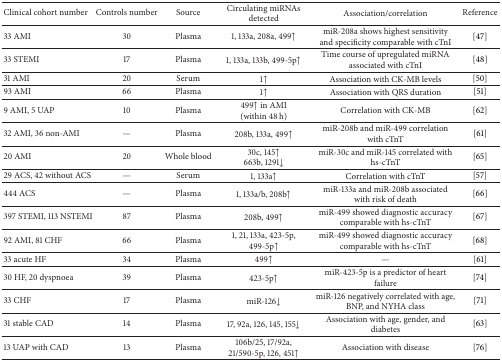
<table><thead><tr><td><b>Clinical cohort number</b></td><td><b>Controls number</b></td><td><b>Source</b></td><td><b>Circulating miRNAs detected</b></td><td><b>Association/correlation</b></td><td><b>Reference</b></td></tr></thead><tbody><tr><td>33 AMI</td><td>30</td><td>Plasma</td><td>1, 133a, 208a, 499↑</td><td>miR-208a shows highest sensitivity and specificity comparable with cTnI</td><td>[47]</td></tr><tr><td>33 STEMI</td><td>17</td><td>Plasma</td><td>1, 133a, 133b, 499-5p↑</td><td>Time course of upregulated miRNA associated with cTnI</td><td>[48]</td></tr><tr><td>31 AMI</td><td>20</td><td>Serum</td><td>1↑</td><td>Association with CK-MB levels</td><td>[50]</td></tr><tr><td>93 AMI</td><td>66</td><td>Plasma</td><td>1↑</td><td>Association with QRS duration</td><td>[51]</td></tr><tr><td>9 AMI, 5 UAP</td><td>10</td><td>Plasma</td><td>499↑ in AMI (within 48 h)</td><td>Correlation with CK-MB</td><td>[62]</td></tr><tr><td>32 AMI, 36 non-AMI</td><td>—</td><td>Plasma</td><td>208b, 133a, 499↑</td><td>miR-208b and miR-499 correlation with cTnT</td><td>[61]</td></tr><tr><td>20 AMI</td><td>20</td><td>Whole blood</td><td>30c, 145↑663b, 1291↓</td><td>miR-30c and miR-145 correlated with hs-cTnT</td><td>[65]</td></tr><tr><td>29 ACS, 42 without ACS</td><td>—</td><td>Serum</td><td>1, 133a↑</td><td>Correlation with cTnT</td><td>[57]</td></tr><tr><td>444 ACS</td><td>—</td><td>Plasma</td><td>1, 133a/b, 208b↑</td><td>miR-133a and miR-208b associated with risk of death</td><td>[66]</td></tr><tr><td>397 STEMI, 113 NSTEMI</td><td>87</td><td>Plasma</td><td>208b, 499↑</td><td>miR-499 showed diagnostic accuracy comparable with hs-cTnT</td><td>[67]</td></tr><tr><td>92 AMI, 81 CHF</td><td>66</td><td>Plasma</td><td>1, 21, 133a, 423-5p, 499-5p↑</td><td>miR-499 showed diagnostic accuracy comparable with hs-cTnT</td><td>[68]</td></tr><tr><td>33 acute HF</td><td>34</td><td>Plasma</td><td>499↑</td><td>—</td><td>[61]</td></tr><tr><td>30 HF, 20 dyspnoea</td><td>39</td><td>Plasma</td><td>423-5p↑</td><td>miR-423-5p is a predictor of heart failure</td><td> [74]</td></tr><tr><td>33 CHF</td><td>17</td><td>Plasma</td><td>miR-126↓</td><td>miR-126 negatively correlated with age, BNP, and NYHA class</td><td>[71]</td></tr><tr><td>31 stable CAD</td><td>14</td><td>Plasma</td><td>17, 92a, 126, 145, 155↓</td><td>Association with age, gender, and diabetes</td><td>[63] </td></tr><tr><td>13 UAP with CAD</td><td>13</td><td>Plasma</td><td>106b/25, 17/92a, 21/590-5p, 126, 451↑</td><td>Association with disease</td><td> [76]</td></tr></tbody></table>